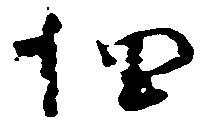
細